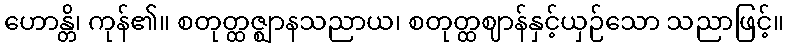
ဟောန္တိ၊ ကုန်၏။ စတုတ္ထဇ္ဈာနသညာယ၊ စတုတ္ထဈာန်နှင့်ယှဉ်သော သညာဖြင့်။